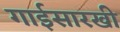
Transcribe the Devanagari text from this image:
गाईसारखी